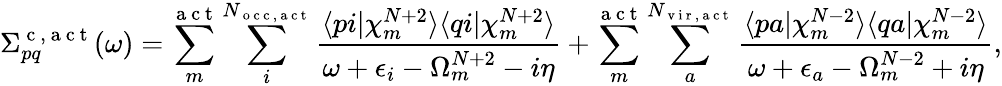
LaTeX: \Sigma_{pq}^{\mathrm{~c~,~a~c~t~}}(\omega)=\sum_{m}^{\mathrm{~a~c~t~}}\sum_{i}^{N_{\mathrm{~o~c~c~,~a~c~t~}}}\frac{\langle pi|\chi_{m}^{N+2}\rangle\langle qi|\chi_{m}^{N+2}\rangle}{\omega+\epsilon_{i}-\Omega_{m}^{N+2}-i\eta}+\sum_{m}^{\mathrm{~a~c~t~}}\sum_{a}^{N_{\mathrm{~v~i~r~,~a~c~t~}}}\frac{\langle pa|\chi_{m}^{N-2}\rangle\langle qa|\chi_{m}^{N-2}\rangle}{\omega+\epsilon_{a}-\Omega_{m}^{N-2}+i\eta},